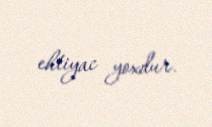
ehtiyac yoxdur.